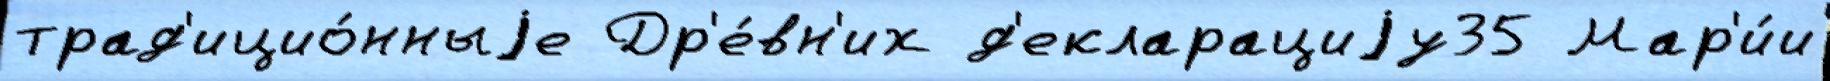
трад'ицио́нныjе Др'е́вн'их д'екларациjу35 Мар'и́и